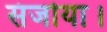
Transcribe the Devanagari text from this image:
संजोया।